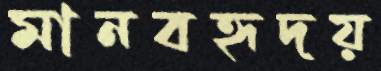
মানবহৃদয়